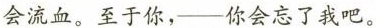
会流血。至于你，——你会忘了我吧。